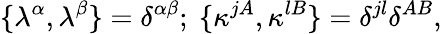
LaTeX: \{ \lambda^{\alpha},\lambda^{\beta}\} =\delta^{\alpha\beta};\ \{ \kappa^{jA},\kappa^{lB}\} =\delta^{jl}\delta^{AB},